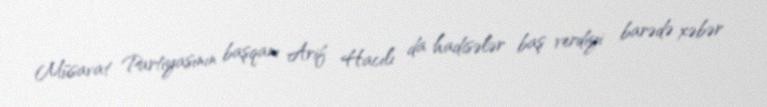
Müsavat Partiyasının başqanı Arif Hacılı da hadisələr baş verdiyi barədə xəbər